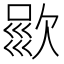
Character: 𣣦